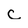
Character: c